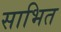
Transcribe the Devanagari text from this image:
साभित